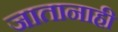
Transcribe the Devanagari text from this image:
जातानाही